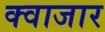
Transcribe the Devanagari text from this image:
क्वाजार